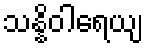
သန္နိဝါရေယျ